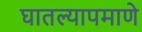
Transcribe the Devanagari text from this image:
घातल्यापमाणे